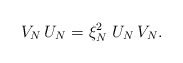
\begin{align*}V_N\, U_N = \xi_N^2\, \, U_N\, V_N.\end{align*}